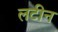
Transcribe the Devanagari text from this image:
लटीन